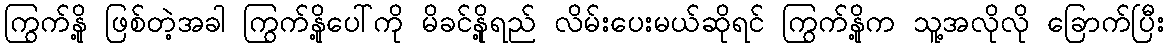
ကြွက်နို့ ဖြစ်တဲ့အခါ ကြွက်နို့ပေါ်ကို မိခင်နို့ရည် လိမ်းပေးမယ်ဆိုရင် ကြွက်နို့က သူ့အလိုလို ခြောက်ပြီး